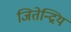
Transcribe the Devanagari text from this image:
जितेन्द्रियं